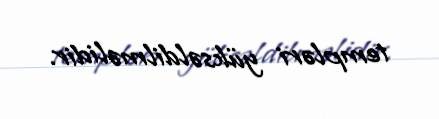
templəri yüksəldilməlidir.